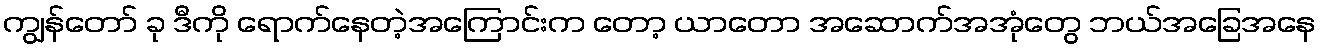
ကျွန်တော် ခု ဒီကို ရောက်နေတဲ့အကြောင်းက တော့ ယာတော အဆောက်အအုံတွေ ဘယ်အခြေအနေ